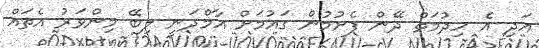
އަދި އެ ހިދުމަތް ދޭން ފެށުމުން ގައުމަށް އާމްދަނީ ލިބޭ މިންވަރު އެތައް